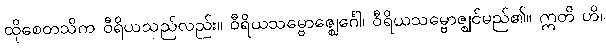
ထိုစေတသိက ဝီရိယသည်လည်း။ ဝီရိယသမ္ဗောဇ္ဈေင်္ဂေါ၊ ဝီရိယသမ္ဗောဇ္ဈင်မည်၏။ ဣတိ ဟိ၊